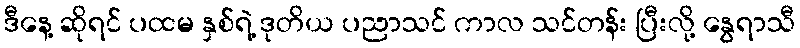
ဒီနေ့ ဆိုရင် ပထမ နှစ်ရဲ့ ဒုတိယ ပညာသင် ကာလ သင်တန်း ပြီးလို့ နွေရာသီ